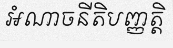
អំណាចនីតិបញ្ញត្តិ